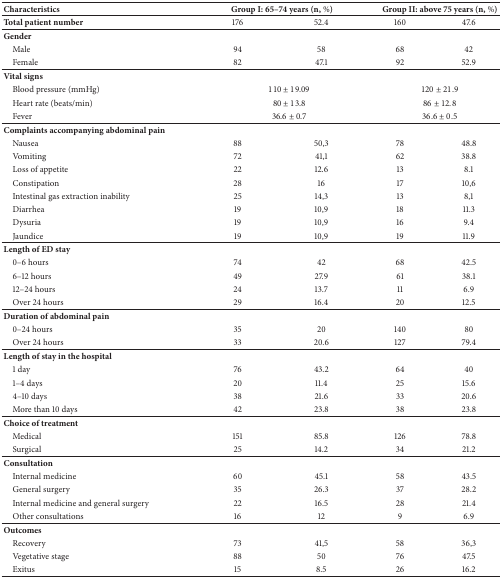
<table><thead><tr><td><b>Characteristics </b></td><td colspan="2"><b>Group I: 65–74 years (n, %)</b></td><td colspan="2"><b>Group II: above 75 years (n, %)</b></td></tr></thead><tbody><tr><td><b>Total patient number</b></td><td>176</td><td>52.4</td><td>160</td><td>47.6</td></tr><tr><td><b>Gender</b></td><td> </td><td> </td><td> </td><td> </td></tr><tr><td> Male</td><td>94</td><td>58</td><td>68</td><td>42</td></tr><tr><td> Female</td><td>82</td><td>47.1</td><td>92</td><td>52.9</td></tr><tr><td><b>Vital signs</b></td><td> </td><td> </td><td> </td><td> </td></tr><tr><td> Blood pressure (mmHg)</td><td colspan="2">110 ± 19.09</td><td colspan="2">120 ± 21.9</td></tr><tr><td> Heart rate (beats/min)</td><td colspan="2">80 ± 13.8</td><td colspan="2">86 ± 12.8</td></tr><tr><td> Fever</td><td colspan="2">36.6 ± 0.7</td><td colspan="2">36.6 ± 0.5</td></tr><tr><td><b>Complaints accompanying abdominal pain</b></td><td> </td><td> </td><td> </td><td> </td></tr><tr><td> Nausea</td><td>88</td><td>50,3</td><td>78</td><td>48.8</td></tr><tr><td> Vomiting</td><td>72</td><td>41,1</td><td>62</td><td>38.8</td></tr><tr><td> Loss of appetite</td><td>22</td><td>12.6</td><td>13</td><td>8.1</td></tr><tr><td> Constipation</td><td>28</td><td>16</td><td>17</td><td>10,6</td></tr><tr><td> Intestinal gas extraction inability</td><td>25</td><td>14,3</td><td>13</td><td>8,1</td></tr><tr><td> Diarrhea</td><td>19</td><td>10,9</td><td>18</td><td>11.3</td></tr><tr><td> Dysuria</td><td>19</td><td>10,9</td><td>16</td><td>9.4</td></tr><tr><td> Jaundice</td><td>19</td><td>10,9</td><td>19</td><td>11.9</td></tr><tr><td><b>Length of ED stay</b></td><td> </td><td> </td><td> </td><td> </td></tr><tr><td> 0–6 hours</td><td>74</td><td>42</td><td>68</td><td>42.5</td></tr><tr><td> 6–12 hours</td><td>49</td><td>27.9</td><td>61</td><td>38.1</td></tr><tr><td> 12–24 hours</td><td>24</td><td>13.7</td><td>11</td><td>6.9</td></tr><tr><td> Over 24 hours</td><td>29</td><td>16.4</td><td>20</td><td>12.5</td></tr><tr><td><b>Duration of abdominal pain</b></td><td> </td><td> </td><td> </td><td> </td></tr><tr><td> 0–24 hours</td><td>35</td><td>20</td><td>140</td><td>80</td></tr><tr><td> Over 24 hours</td><td>33</td><td>20.6</td><td>127</td><td>79.4</td></tr><tr><td><b>Length of stay in the hospital</b></td><td> </td><td> </td><td> </td><td> </td></tr><tr><td> 1 day</td><td>76</td><td>43.2</td><td>64</td><td>40</td></tr><tr><td> 1–4 days</td><td>20</td><td>11.4</td><td>25</td><td>15.6</td></tr><tr><td> 4–10 days</td><td>38</td><td>21.6</td><td>33</td><td>20.6</td></tr><tr><td> More than 10 days</td><td>42</td><td>23.8</td><td>38</td><td>23.8</td></tr><tr><td><b>Choice of treatment</b></td><td> </td><td> </td><td> </td><td> </td></tr><tr><td> Medical</td><td>151</td><td>85.8</td><td>126</td><td>78.8</td></tr><tr><td> Surgical</td><td>25</td><td>14.2</td><td>34</td><td>21.2</td></tr><tr><td><b>Consultation</b></td><td> </td><td> </td><td> </td><td> </td></tr><tr><td> Internal medicine</td><td>60</td><td>45.1</td><td>58</td><td>43.5</td></tr><tr><td> General surgery</td><td>35</td><td>26.3</td><td>37</td><td>28.2</td></tr><tr><td> Internal medicine and general surgery</td><td>22</td><td>16.5</td><td>28</td><td>21.4</td></tr><tr><td> Other consultations</td><td>16</td><td>12</td><td>9</td><td>6.9</td></tr><tr><td><b>Outcomes </b></td><td> </td><td> </td><td> </td><td> </td></tr><tr><td> Recovery</td><td>73</td><td>41,5</td><td>58</td><td>36,3</td></tr><tr><td> Vegetative stage</td><td>88</td><td>50</td><td>76</td><td>47.5</td></tr><tr><td> Exitus</td><td>15</td><td>8.5</td><td>26</td><td>16.2</td></tr></tbody></table>